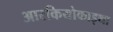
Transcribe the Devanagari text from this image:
आरकियोकाइथा